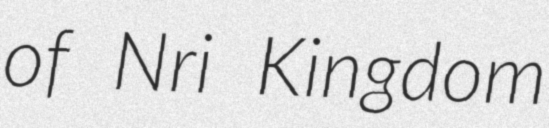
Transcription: of Nri Kingdom